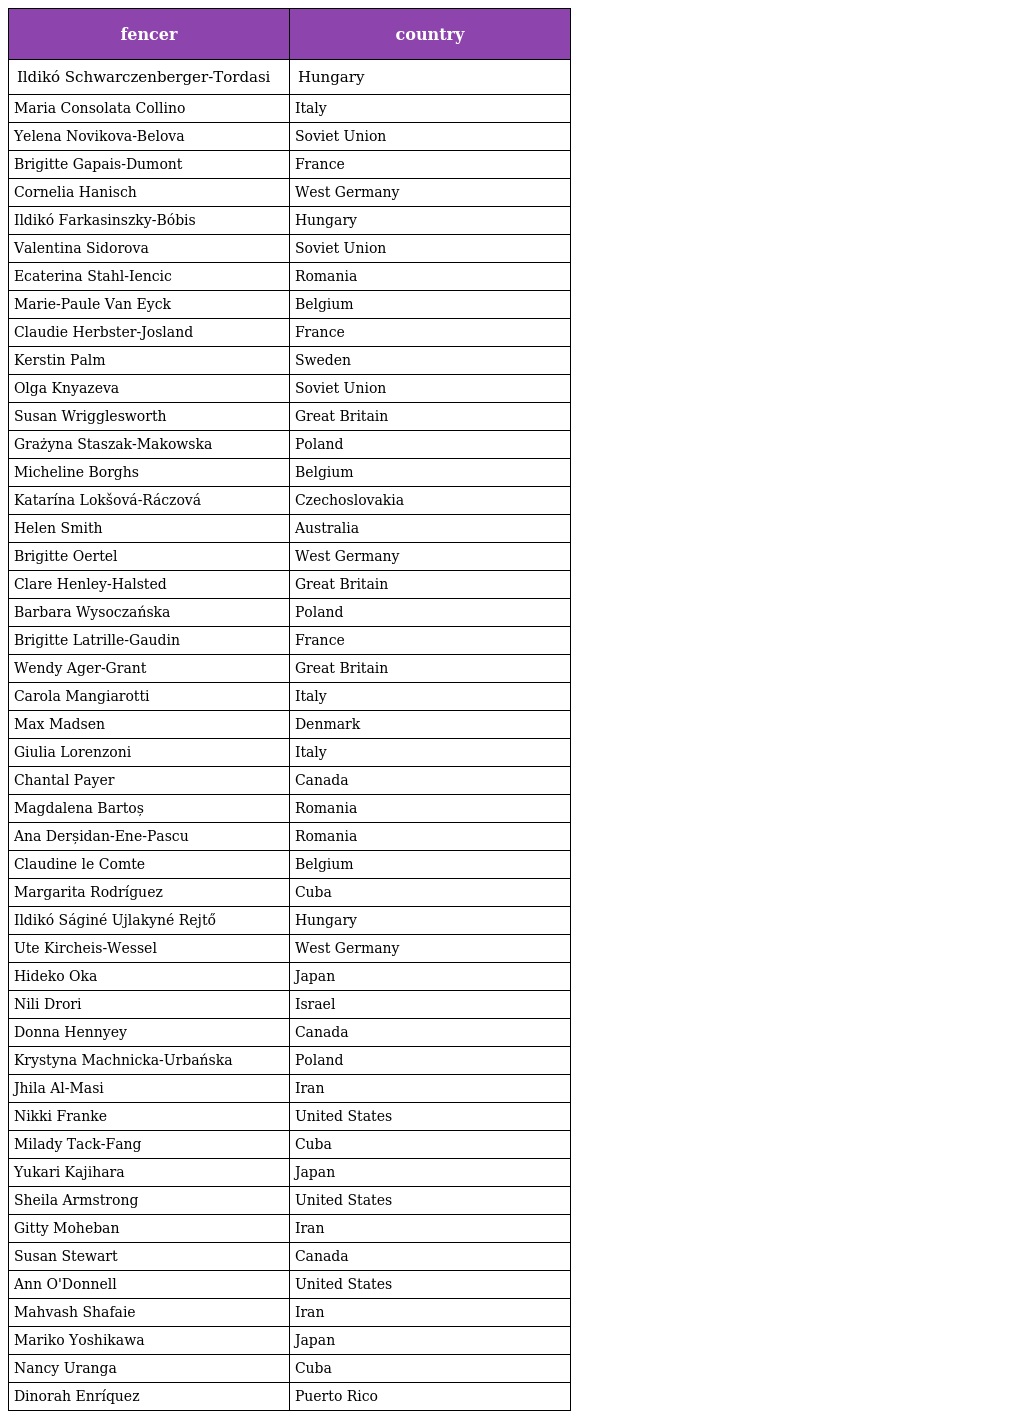
| fencer | country |
 | --- | --- |
 | Ildikó Schwarczenberger-Tordasi | Hungary |
 | Maria Consolata Collino | Italy |
 | Yelena Novikova-Belova | Soviet Union |
 | Brigitte Gapais-Dumont | France |
 | Cornelia Hanisch | West Germany |
 | Ildikó Farkasinszky-Bóbis | Hungary |
 | Valentina Sidorova | Soviet Union |
 | Ecaterina Stahl-Iencic | Romania |
 | Marie-Paule Van Eyck | Belgium |
 | Claudie Herbster-Josland | France |
 | Kerstin Palm | Sweden |
 | Olga Knyazeva | Soviet Union |
 | Susan Wrigglesworth | Great Britain |
 | Grażyna Staszak-Makowska | Poland |
 | Micheline Borghs | Belgium |
 | Katarína Lokšová-Ráczová | Czechoslovakia |
 | Helen Smith | Australia |
 | Brigitte Oertel | West Germany |
 | Clare Henley-Halsted | Great Britain |
 | Barbara Wysoczańska | Poland |
 | Brigitte Latrille-Gaudin | France |
 | Wendy Ager-Grant | Great Britain |
 | Carola Mangiarotti | Italy |
 | Max Madsen | Denmark |
 | Giulia Lorenzoni | Italy |
 | Chantal Payer | Canada |
 | Magdalena Bartoș | Romania |
 | Ana Derșidan-Ene-Pascu | Romania |
 | Claudine le Comte | Belgium |
 | Margarita Rodríguez | Cuba |
 | Ildikó Ságiné Ujlakyné Rejtő | Hungary |
 | Ute Kircheis-Wessel | West Germany |
 | Hideko Oka | Japan |
 | Nili Drori | Israel |
 | Donna Hennyey | Canada |
 | Krystyna Machnicka-Urbańska | Poland |
 | Jhila Al-Masi | Iran |
 | Nikki Franke | United States |
 | Milady Tack-Fang | Cuba |
 | Yukari Kajihara | Japan |
 | Sheila Armstrong | United States |
 | Gitty Moheban | Iran |
 | Susan Stewart | Canada |
 | Ann O'Donnell | United States |
 | Mahvash Shafaie | Iran |
 | Mariko Yoshikawa | Japan |
 | Nancy Uranga | Cuba |
 | Dinorah Enríquez | Puerto Rico |